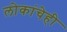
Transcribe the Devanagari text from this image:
लोकांचेही